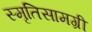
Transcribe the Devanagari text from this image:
स्मृतिसामग्री